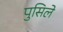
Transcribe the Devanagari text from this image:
पुसिले